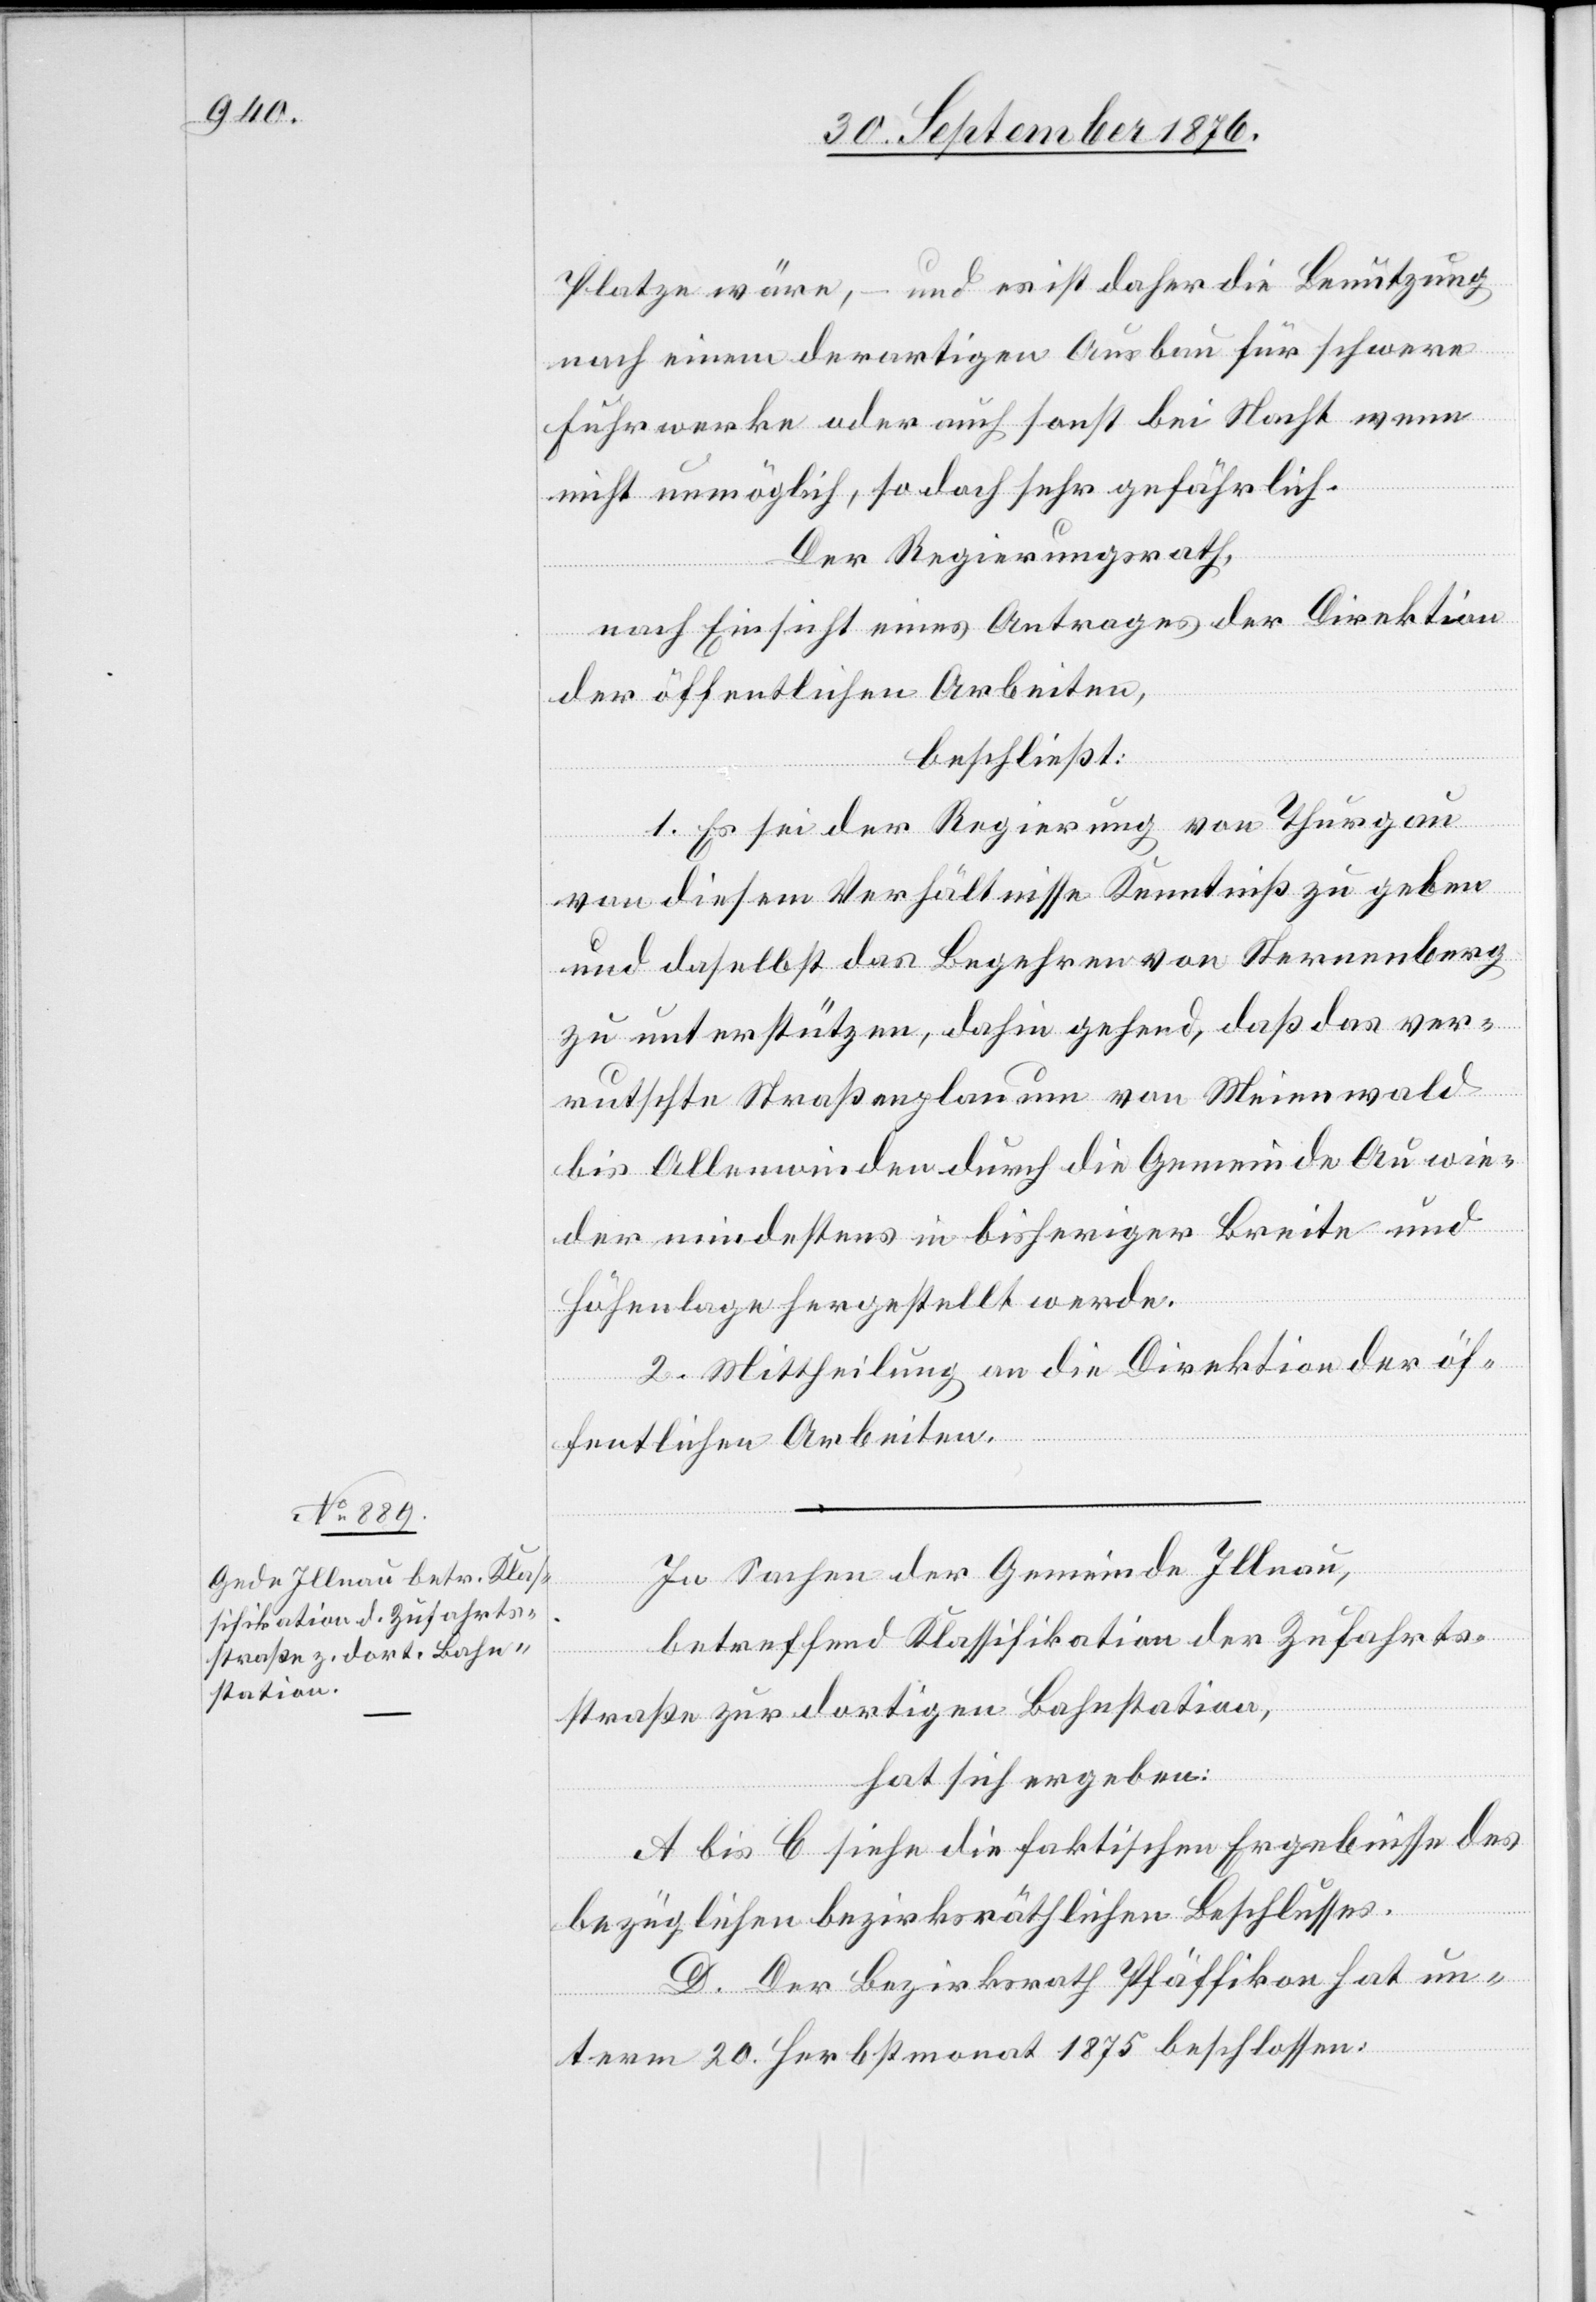
Platze wäre, – und es ist daher die Benutzung
nach einem derartigen Ausbau für schwere
Fuhrwerke oder auch sonst bei Nacht wenn
nicht unmöglich, so doch sehr gefährlich.
Der Regierungsrath,
nach Einsicht eines Antrages der Direktion
der öffentlichen Arbeiten,
beschließt:
1. Es sei der Regierung von Thurgau
von diesem Verhältnisse Kenntniß zu geben
und daselbst das Begehren von Sternenberg
zu unterstützen, dahin gehend, daß das ver¬
rutschte Straßenplanum von Meienwald
bis Allenwinden durch die Gemeinde Au wie¬
der mindestens in bisheriger Breite und
Höhenlage hergestellt werde.
2. Mittheilung an die Direktion der öf¬
fentlichen Arbeiten.
In Sachen der Gemeinde Illnau,
betreffend Klassifikation der Zufahrts¬
straße zur dortigen Bahnstation,
hat sich ergeben:
A bis C siehe die faktischen Ergebnisse des
bezüglichen bezirksräthlichen Beschlusses.
D. Der Bezirksrath Pfäffikon hat un¬
term 20. Herbstmonat 1875 beschlossen: